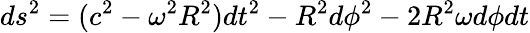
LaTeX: ds^{2}=(c^{2}-\omega^{2}R^{2})dt^{2}-R^{2}d\phi^{2}-2R^{2}\omega d\phi dt